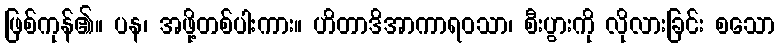
ဖြစ်ကုန်၏။ ပန၊ အဖို့တစ်ပါးကား။ ဟိတာဒိအာကာရဝသာ၊ စီးပွားကို လိုလားခြင်း စသော